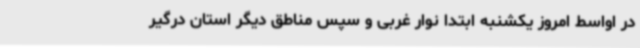
در اواسط امروز یکشنبه ابتدا نوار غربی و سپس مناطق دیگر استان درگیر